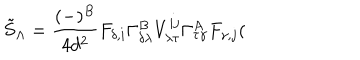
\tilde { S } _ { \Lambda } = \frac { ( - ) ^ { B } } { 4 d ^ { 2 } } F _ { \delta , i } \Gamma _ { \delta \lambda } ^ { B } V _ { \lambda \tau } ^ { i j } \Gamma _ { \tau \gamma } ^ { A } F _ { \gamma , j } (